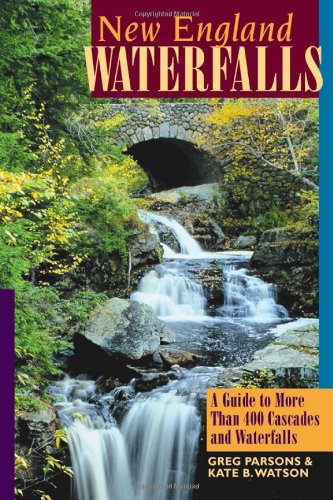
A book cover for New England Waterfalls: A Guide to More Than 400 Cascades and Waterfalls (Second Edition) (New England Waterfalls: A Guide to More Than 200 Cascades & Waterfalls); Greg Parsons; Science & Math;